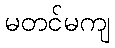
မတင်မကျ